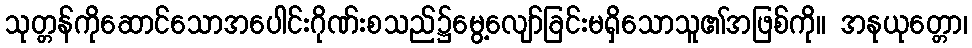
သုတ္တန်ကိုဆောင်သောအပေါင်းဂိုဏ်းစသည်၌မွေ့လျော်ခြင်းမရှိသောသူ၏အဖြစ်ကို။ အနုယုတ္တော၊